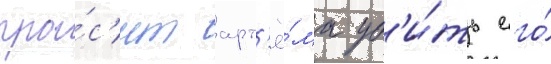
про́с'ит арт'ё́ма уб'и́ть его́